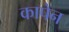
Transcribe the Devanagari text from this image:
कापेन